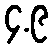
၄.၉